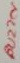
Text: Buzzer